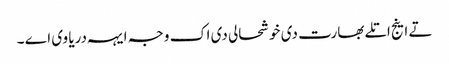
تے اینج اتلے بھارت دی خوشحالی دی اک وجہ ایہہ دریا وی اے ۔